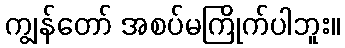
ကျွန်တော် အစပ်မကြိုက်ပါဘူး။